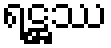
ရဋ္ဌဿ